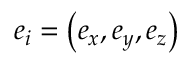
\boldsymbol { e } _ { i } = \left( e _ { x } , e _ { y } , e _ { z } \right)